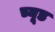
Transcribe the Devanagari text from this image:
च्यूड